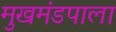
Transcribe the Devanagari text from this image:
मुखमंडपाला